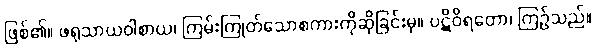
ဖြစ်၏။ ဖရုသာယဝါစာယ၊ ကြမ်းကြုတ်သောစကားကိုဆိုခြင်းမှ။ ပဋိဝိရတော၊ ကြဉ်သည်။